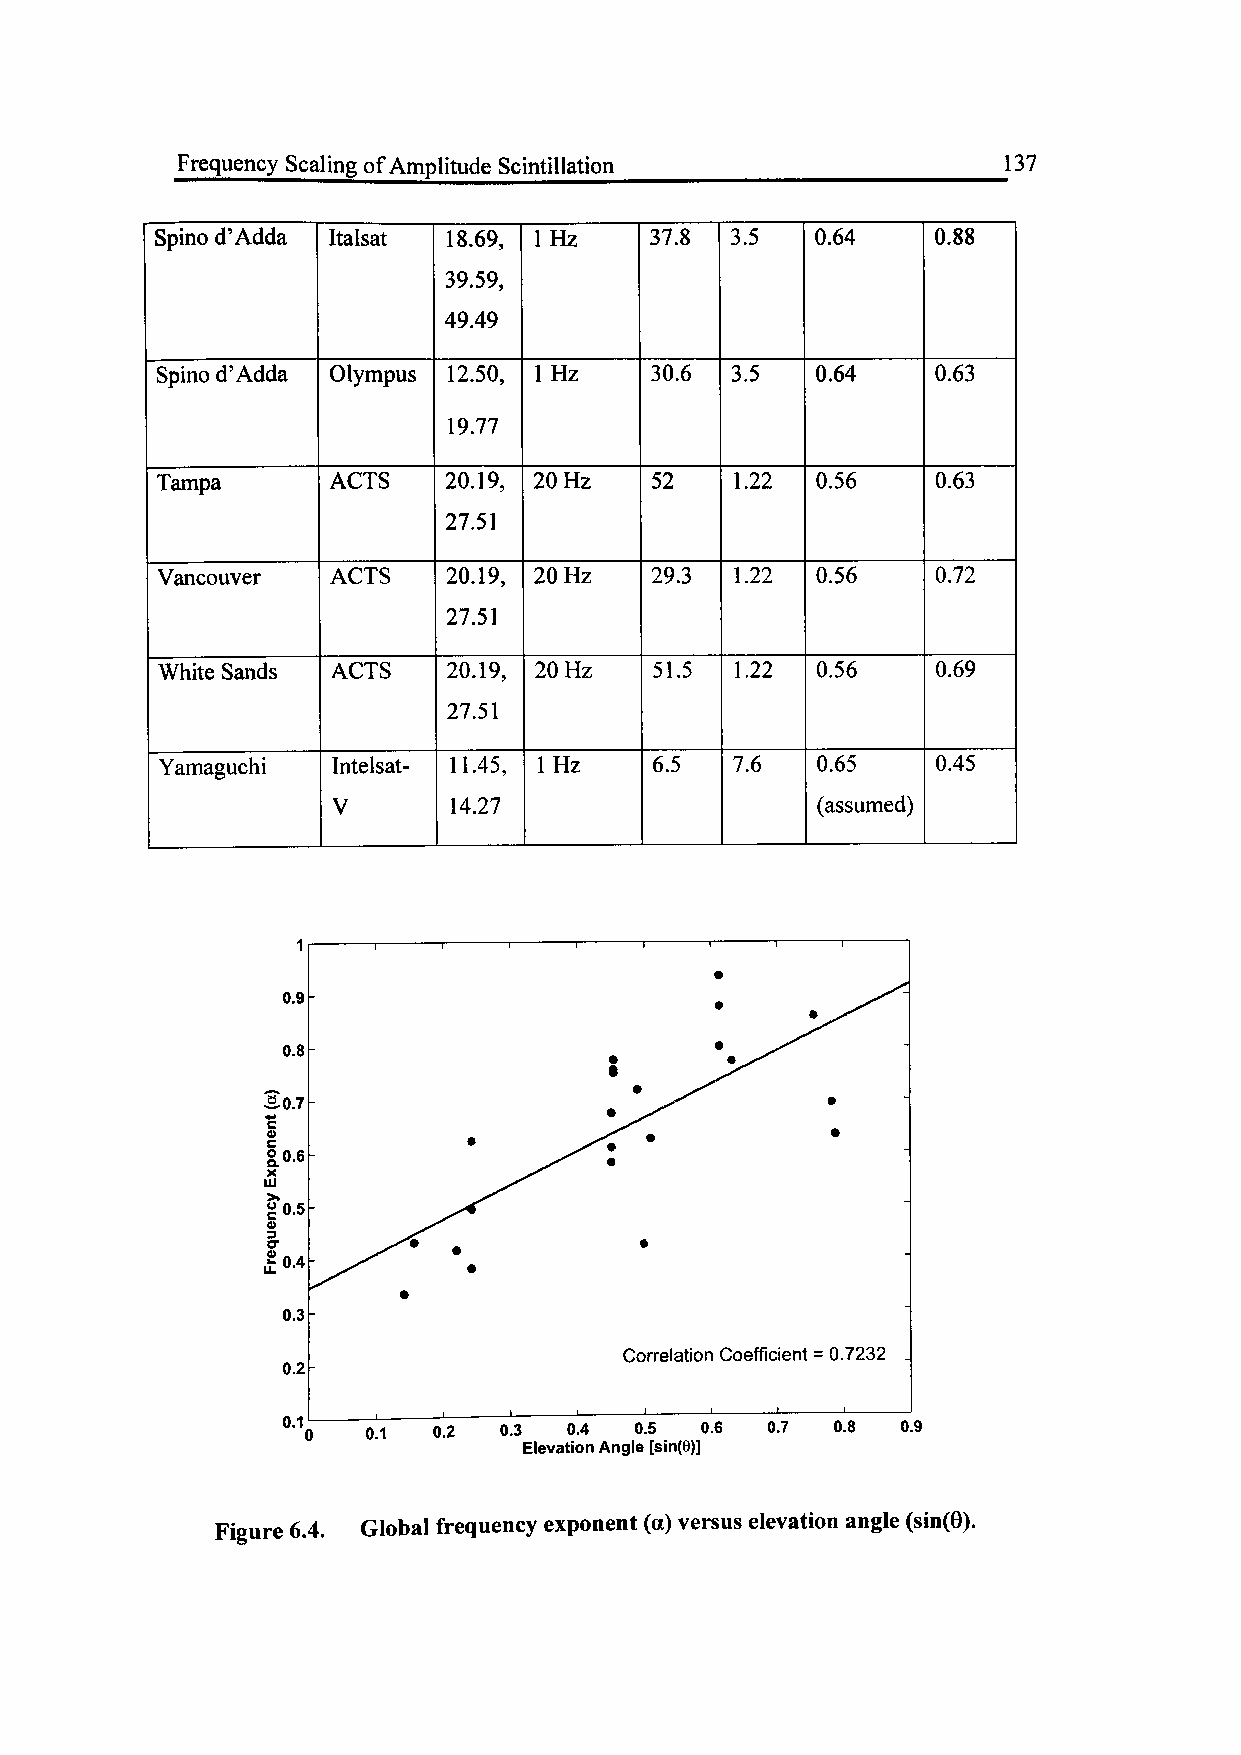
Frequency Scaling of Amplitude Scintillation          137
 Spino d'Adda Italsat 18.69, IHz  37.8 3.5   0.64    0.88
 39.59,
 49.49
 Spino d'Adda Olympus 12.50, IHz  30.6 3.5   0.64    0.63
 19.77
 Tampa       ACTS   20.19, 20 Hz  52    1.22 0.56    0.63
 27.51
 Vancouver   ACTS    20.19, 20 Hz 29.3  1.22 0.56    0.72
 27.51
 White Sands ACTS    20.19, 20 Hz 51.5  1.22 0.56    0.69
 27.51
 Yamaguchi  Intelsat- 11.45, IHz 6.5   7.6  0.65    0.45
 V       14.27                   (assumed)
 1
 0.9
 0.8
 So.7
 4crf
 V
 10.6
 &
 *0.5
 031
 £ 0.4
 0.3
 Correlation Coefficient = 0.7232
 0.2
 0.1 0 0.1 0.2 0.3  0.4 0.5 0.6  0.7 0.8  0.9
 Elevation Angle [sin(t))]
 Figure 6.4. Global frequency exponent (a) versus elevation angle (sin(6).